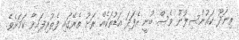
ތިނަދޫ ކައުންސިލުން ވެސް ބުނީ އެފަދަ އަޑުތަކެއް ރަށު ތެރޭގައި ފެތުރިފައިވާ ކަމަށެވެ.